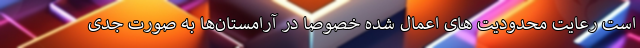
است رعایت محدودیت های اعمال شده خصوصا در آرامستان‌ها به صورت جدی